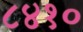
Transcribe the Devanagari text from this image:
८४१०